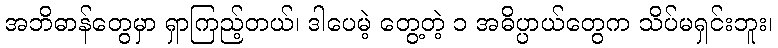
အဘိဓာန်တွေမှာ ရှာကြည့်တယ်၊ ဒါပေမဲ့ တွေ့တဲ့ ၁ အဓိပ္ပာယ်တွေက သိပ်မရှင်းဘူး၊